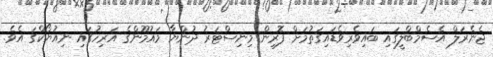
ޖެނެރަލް އެސެމްބްލީގައި ބައިވެރިވެޑައިގަތުމަށް ފޮރިން މިނިސްޓަރު ދުންޔާ މައުމޫންގެ އަރިހުގައި ނިއުޔޯކްގަ އެވެ.